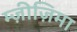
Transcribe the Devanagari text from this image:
म्ज़ीज़िमा